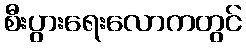
စီးပွားရေးလောကတွင်